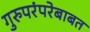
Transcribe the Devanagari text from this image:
गुरुपरंपरेबाबत